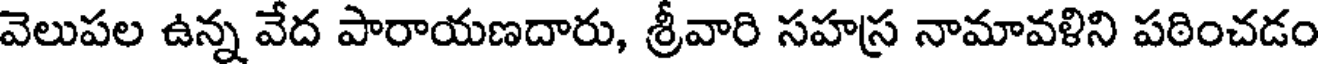
వెలుపల ఉన్న వేద పారాయణదారు, శ్రీవారి సహస్ర నామావళిని పఠించడం